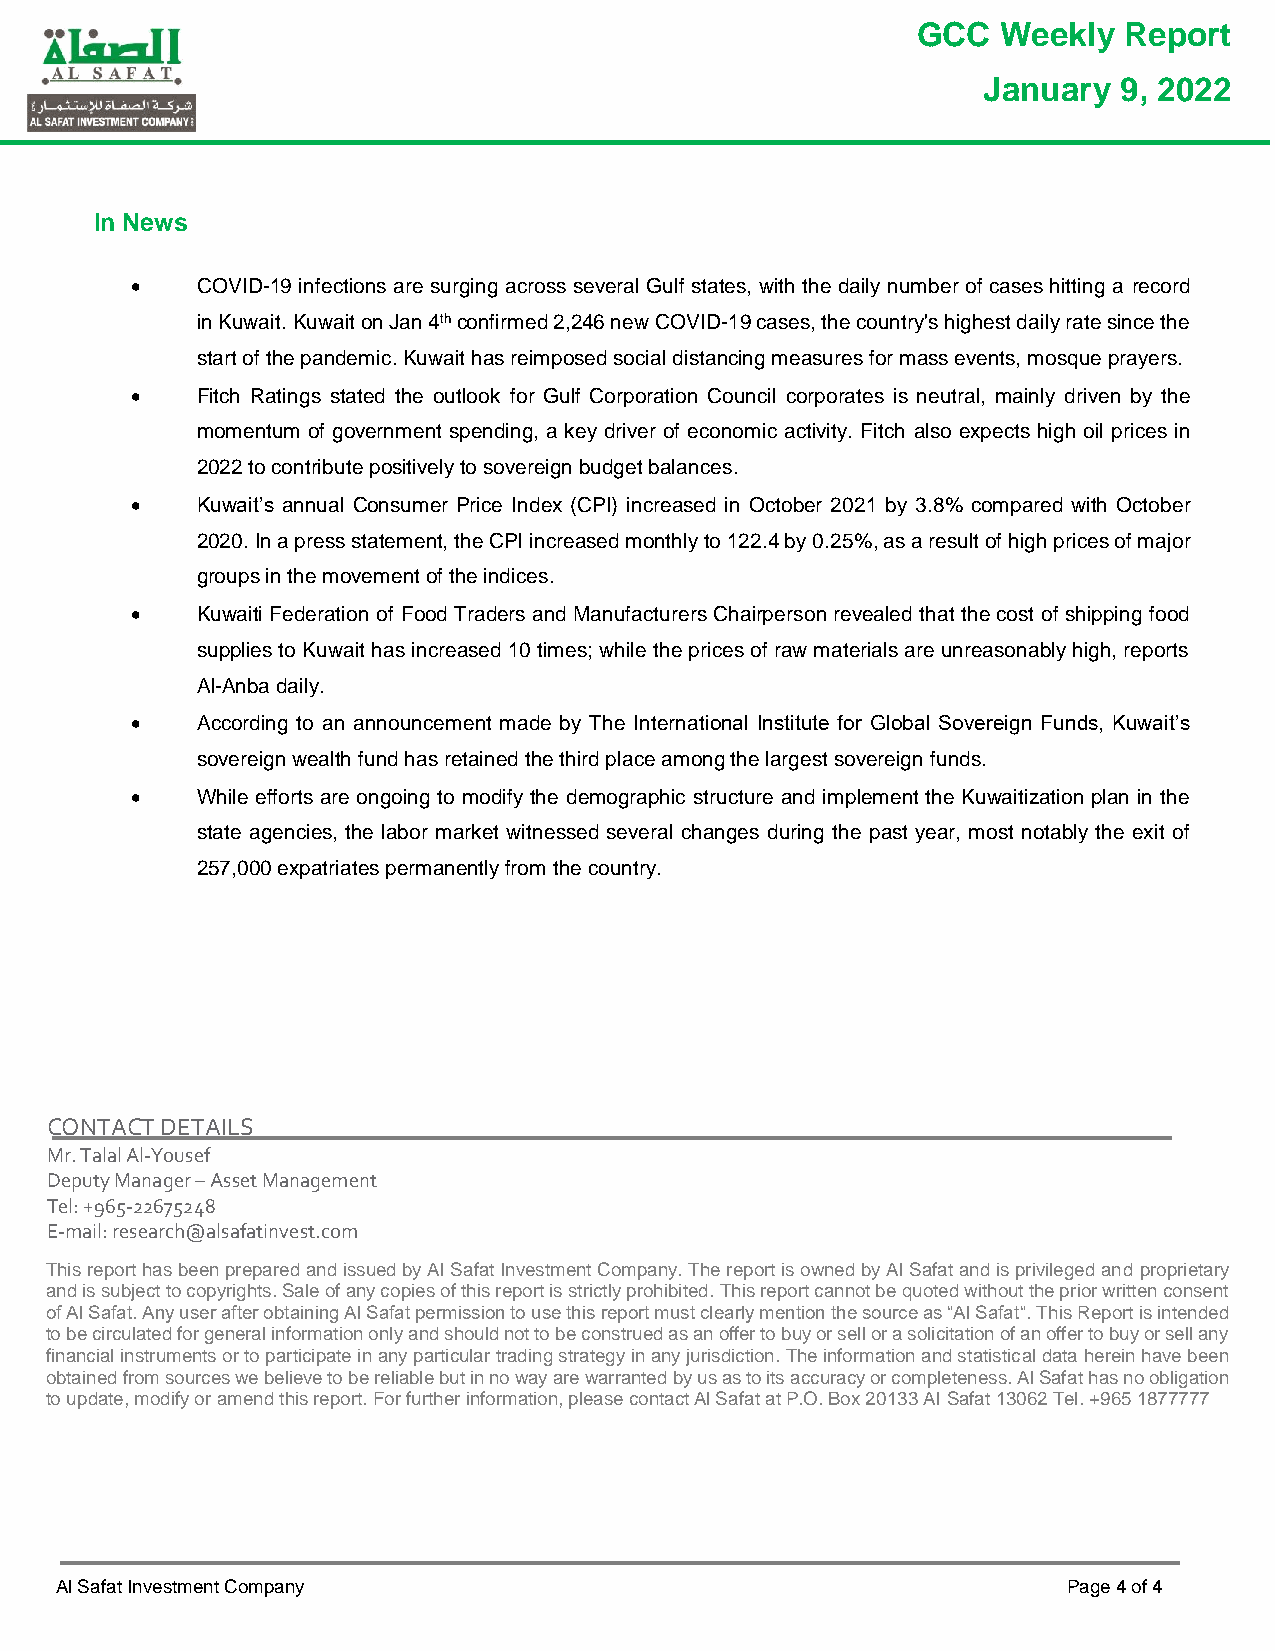
GCC  Weekly  Report
 January  9, 2022
 In News
    COVID-19 infections are surging across several Gulf states, with the daily number of cases hitting a record
 in Kuwait. Kuwait on Jan 4th confirmed 2,246 new COVID-19 cases, the country's highest daily rate since the
 start of the pandemic. Kuwait has reimposed social distancing measures for mass events, mosque prayers.
    Fitch Ratings stated the outlook for Gulf Corporation Council corporates is neutral, mainly driven by the
 momentum of government spending, a key driver of economic activity. Fitch also expects high oil prices in
 2022 to contribute positively to sovereign budget balances.
    Kuwait’s annual Consumer Price Index (CPI) increased in October 2021 by 3.8% compared with October
 2020. In a press statement, the CPI increased monthly to 122.4 by 0.25%, as a result of high prices of major
 groups in the movement of the indices.
    Kuwaiti Federation of Food Traders and Manufacturers Chairperson revealed that the cost of shipping food
 supplies to Kuwait has increased 10 times; while the prices of raw materials are unreasonably high, reports
 Al-Anba daily.
    According to an announcement made by The International Institute for Global Sovereign Funds, Kuwait’s
 sovereign wealth fund has retained the third place among the largest sovereign funds.
    While efforts are ongoing to modify the demographic structure and implement the Kuwaitization plan in the
 state agencies, the labor market witnessed several changes during the past year, most notably the exit of
 257,000 expatriates permanently from the country.
 CONTACT DETAILS
 Mr. Talal Al-Yousef
 Deputy Manager – Asset Management
 Tel: +965-22675248
 E-mail: research@alsafatinvest.com
 This report has been prepared and issued by Al Safat Investment Company. The report is owned by Al Safat and is privileged and proprietary
 and is subject to copyrights. Sale of any copies of this report is strictly prohibited. This report cannot be quoted without the prior written consent
 of Al Safat. Any user after obtaining Al Safat permission to use this report must clearly mention the source as “Al Safat“. This Report is intended
 to be circulated for general information only and should not to be construed as an offer to buy or sell or a solicitation of an offer to buy or sell any
 financial instruments or to participate in any particular trading strategy in any jurisdiction. The information and statistical data herein have been
 obtained from sources we believe to be reliable but in no way are warranted by us as to its accuracy or completeness. Al Safat has no obligation
 to update, modify or amend this report. For further information, please contact Al Safat at P.O. Box 20133 Al Safat 13062 Tel. +965 1877777
 Al Safat Investment Company                                        Page 4 of 4